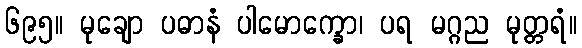
၆၉၅။ မုချော ပဓာနံ ပါမောက္ခော၊ ပရ မဂ္ဂည မုတ္တရံ။